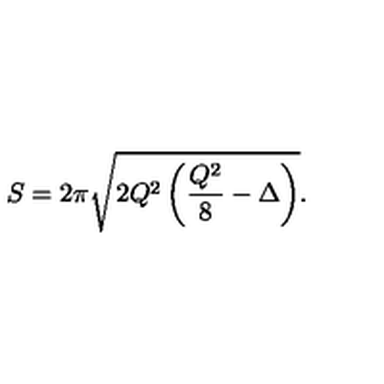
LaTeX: S = 2 \pi \sqrt { 2 Q ^ { 2 } \left( \frac { Q ^ { 2 } } { 8 } - \Delta \right) } .